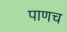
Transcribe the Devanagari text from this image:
पाणच